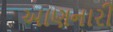
આણનારી